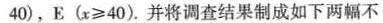
40)，E( \ge 40)。并将调查结果制成如下两幅不完整的统计图